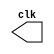
`timescale 1ns / 1ps
//////////////////////////////////////////////////////////////////////////////////
// Company: 
// Engineer: 
// 
// Design Name: 
// Module Name:    CLK 
// Project Name: 
// Target Devices: 
// Tool versions: 
// Description: 
//
// Dependencies: 
//
// Revision: 
// Revision 0.01 - File Created
// Additional Comments: 
//
//////////////////////////////////////////////////////////////////////////////////
module CLK(
    output reg clk
    );
initial
	clk = 0;
always
begin
   #10 clk = !clk;	
end

endmodule